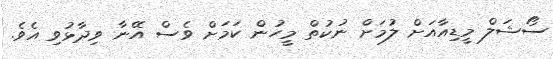
ސޯޝަލް މީޑިއާއަށް ލުމަށް ނުކުތް މީހުން ކަމަށް ވެސް އޭނާ ވިދާޅުވި އެވެ.